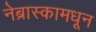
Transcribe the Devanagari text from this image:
नेब्रास्कामधून